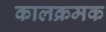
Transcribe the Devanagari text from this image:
कालक्रमक